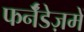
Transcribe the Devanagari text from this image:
फर्नॅंडेज़में